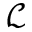
\mathcal { L }